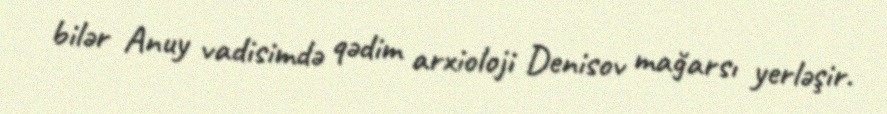
bilər Anuy vadisimdə qədim arxioloji Denisov mağarsı yerləşir.